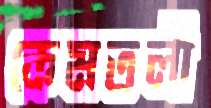
কেমতলী